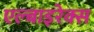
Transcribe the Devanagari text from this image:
एल्बाइरेक्स